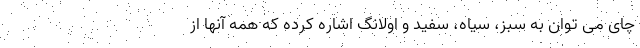
چای می توان به سبز، سیاه، سفید و اولانگ اشاره کرده که همه آنها از